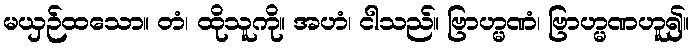
မယှဉ်ထသော။ တံ၊ ထိုသူကို။ အဟံ၊ ငါသည်။ ဗြာဟ္မဏံ၊ ဗြာဟ္မဏဟူ၍။